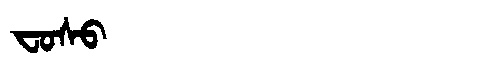
Manchu: ᠸᠣᠰᠣ
Romanization: FOSO